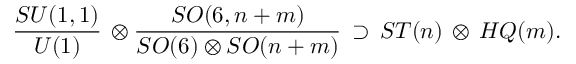
{ \frac { S U ( 1 , 1 ) } { U ( 1 ) } } \, \otimes { \frac { S O ( 6 , n + m ) } { S O ( 6 ) \otimes S O ( n + m ) } } \, \supset \, S T ( n ) \, \otimes \, H Q ( m ) .